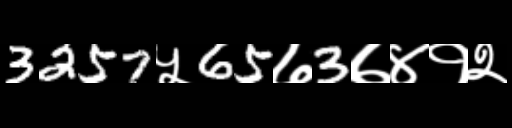
Text: 3257५65७3७४१२